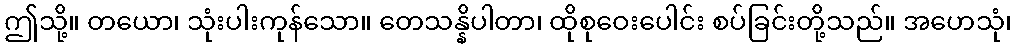
ဤသို့။ တယော၊ သုံးပါးကုန်သော။ တေသန္နိပါတာ၊ ထိုစုဝေးပေါင်း စပ်ခြင်းတို့သည်။ အဟေသုံ၊